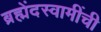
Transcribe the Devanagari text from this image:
ब्रह्मेंदस्वामींची